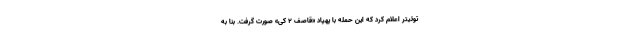
توئیتر اعلام کرد که این حمله با پهپاد «قاصف ۲ کی» صورت گرفت. بنا به